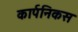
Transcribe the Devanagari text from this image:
कार्पनिकस